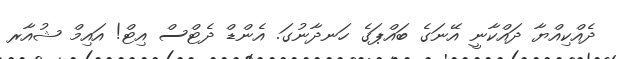
ދެއްކިއްޔާ ދައްކާނީ އޭނަގެ ބައްޕަގެ ހަނދާނުގަ. އެންޑް ދެޓްސް އިޓް! އައިމް ޝުއާރ